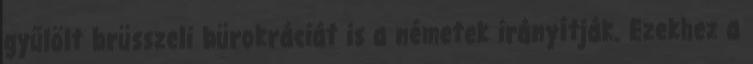
gyűlölt brüsszeli bürokráciát is a németek irányítják. Ezekhez a